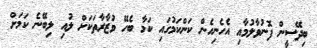
ބިދޭސީން ފޮނުވާލުމާއި އެހެނިހެން ކަންކަމުގައި ކަމާ ބެހޭ ވުޒާރާތަކަށް ލުއި ލިބޭނެ ކަމަށް